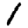
Digit: 1